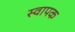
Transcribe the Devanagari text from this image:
स्‍वापक